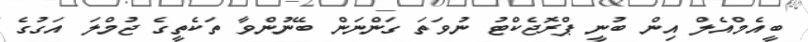
ބީއެމްއެލް އިން ބުނީ ޕްރޮޖެކްޓު ނުވަތަ ގަންނަން ބޭނުންވާ ތަކެތީގެ ޖުމްލަ އަގުގެ